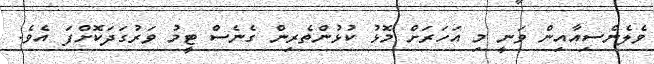
ވެލެންސިއާއިން ވަނީ މި އަހަރަށް މޮޅު ކުޅުންތެރިން ގެނެސް ޓީމު ވަރުގަދަކޮށްފަ އެވެ.